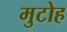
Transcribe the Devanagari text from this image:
मुटोह